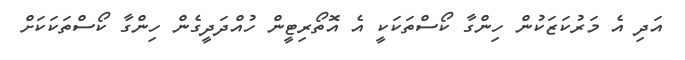
އަދި އެ މަރުކަޒަކުން ހިންގާ ކޯސްތަކަކީ އެ އޮތޯރިޓީން ހުއްދަދީގެން ހިންގާ ކޯސްތަކަކަށް